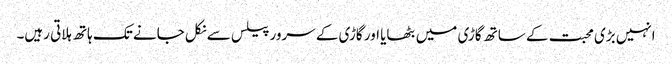
انہیں بڑی محبت کے ساتھ گاڑی میں بٹھایا اور گاڑی کے سرور پیلس سے نکل جانے تک ہاتھ ہلاتی رہیں۔